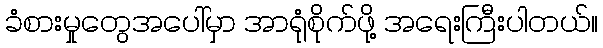
ခံစားမှုတွေအပေါ်မှာ အာရုံစိုက်ဖို့ အရေးကြီးပါတယ်။